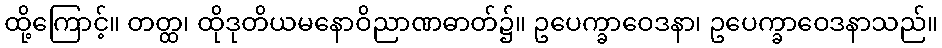
ထို့ကြောင့်။ တတ္ထ၊ ထိုဒုတိယမနောဝိညာဏဓာတ်၌။ ဥပေက္ခာဝေဒနာ၊ ဥပေက္ခာဝေဒနာသည်။